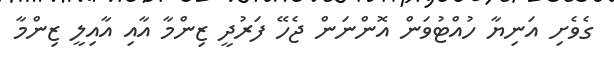
ގެވެށި އަނިޔާ ހުއްޓުވަން އޮންނަން ޖެހޭ ފަރުދީ ޒިންމާ އާއި އާއިލީ ޒިންމާ